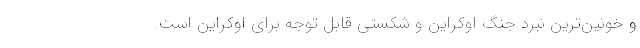
و خونین‌ترین نبرد جنگ اوکراین و شکستی قابل توجه برای اوکراین است.